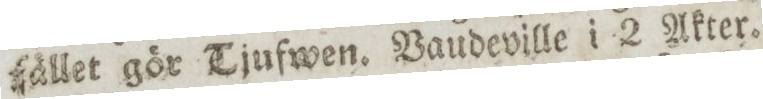
fället gör Tjufwen. Baudeville i 2 Akter.